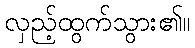
လှည့်ထွက်သွား၏။